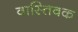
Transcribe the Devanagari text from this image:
वास्‍तिवक